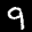
Label: 9